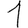
Digit: 1